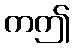
ကဤ